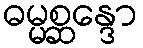
ဓမ္မစ္ဆန္ဒော